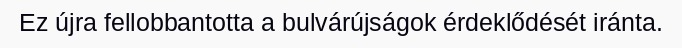
Ez újra fellobbantotta a bulvárújságok érdeklődését iránta.